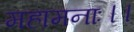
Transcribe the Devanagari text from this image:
महामनाः।।